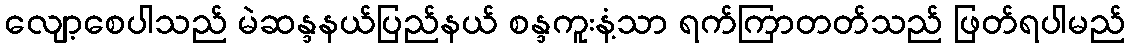
လျော့စေပါသည် မဲဆန္ဒနယ်ပြည်နယ် စန္ဒကူးနံ့သာ ရက်ကြာတတ်သည် ဖြတ်ရပါမည်